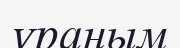
ұраным